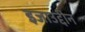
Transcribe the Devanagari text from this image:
इजाउद्दीन